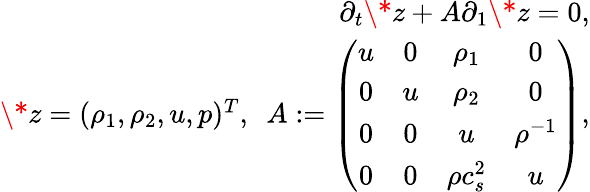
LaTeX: \begin{array}{r}{\partial_{t}\* z+A\partial_{1}\* z=0,}\\ {\* z=(\rho_{1},\rho_{2},u,p)^{T},\ \ A:=\left(\begin{array}{cccc}{u}&{0}&{\rho_{1}}&{0}\\ {0}&{u}&{\rho_{2}}&{0}\\ {0}&{0}&{u}&{\rho^{-1}}\\ {0}&{0}&{\rho c_{s}^{2}}&{u}\end{array}\right),}\end{array}